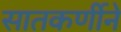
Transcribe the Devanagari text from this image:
सातकर्णीने